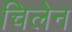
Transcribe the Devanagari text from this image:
चिलेन